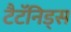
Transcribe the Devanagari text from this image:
टैटॅनिड्स